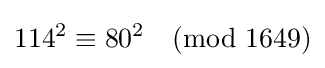
114^{2}\equiv 80^{2}{\pmod {1649}}